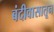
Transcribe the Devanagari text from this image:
बंदीवासातून